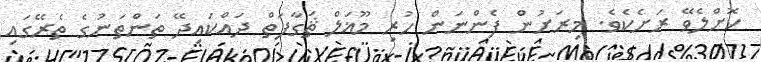
ކޮށްލެވޭ ރަށެކެވެ. މިރަށުން ފެންނަން ހުރި މޫޣަލް ޘަގާފަތް ދައްކައިދޭ ތަންތަނުގެ ތެރޭގައި